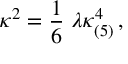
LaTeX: \kappa ^ { 2 } = \frac { 1 } { 6 } \; \lambda \kappa _ { ( 5 ) } ^ { 4 } \, ,